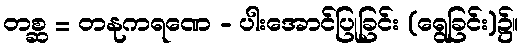
တစ္ဆ = တနုကရဏေ - ပါးအောင်ပြုခြင်း (ရွေခြင်း)၌။